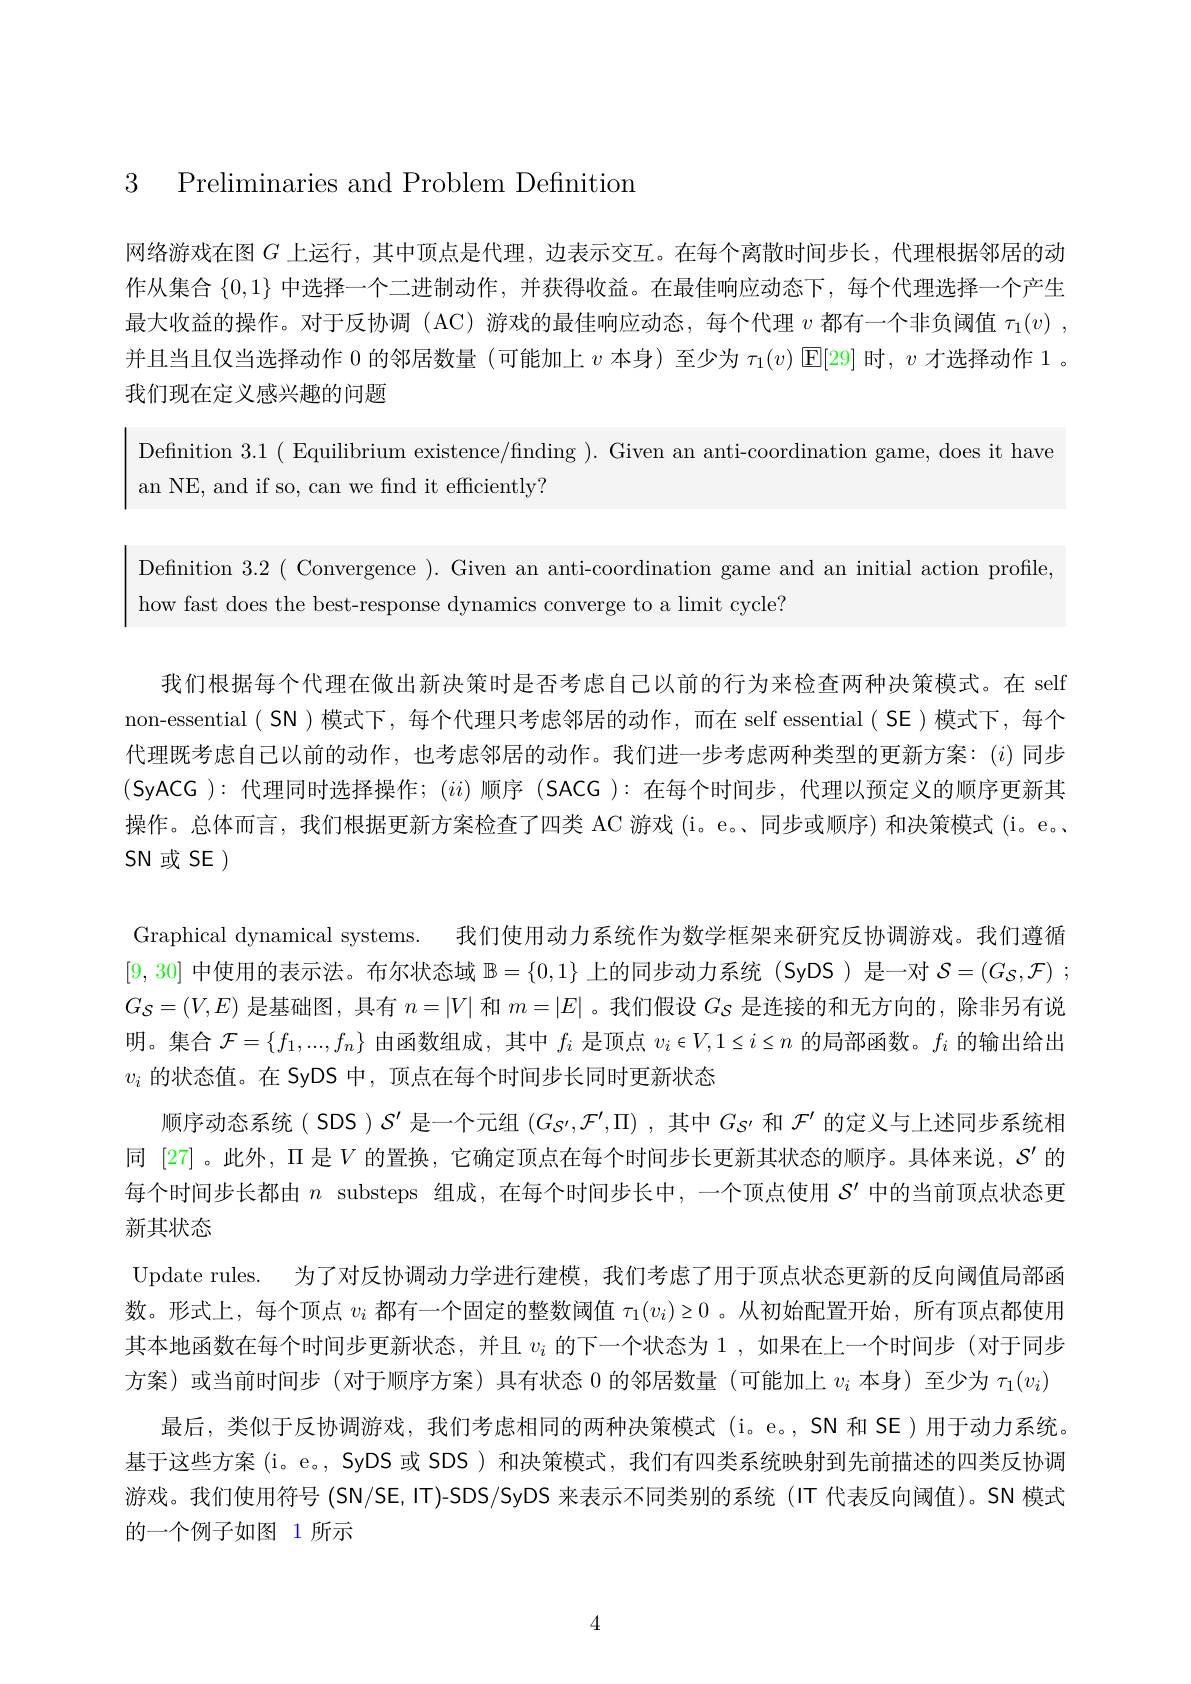
3 Preliminaries and Problem Definition

网络游戏在图$G$上运行，其中顶点是代理，边表示交互。在每个离散时间步长，代理根据邻居的动作从集合$\{0,1\}$中选择一个二进制动作，并获得收益。在最佳响应动态下，每个代理选择一个产生最大收益的操作。对于反协调(AC)游戏的最佳响应动态，每个代理$v$都有一个非负阈值$\tau_1(v)~$, 并且当且仅当选择动作 0 的邻居数量 (可能加上$v$本身)至少为$\tau_1(v)\operatorname{E}[29]$时，$v$才选择动作 1。我们现在定义感兴趣的问题

Definition 3.1( Equilibrium existence/finding ). Given an anti-coordination game, does it have
an NE, and if so, can we find it efficiently?

Definition 3.2( Convergence ). Given an anti-coordination game and an initial action profile,
how fast does the best-response dynamics converge to a limit cycle?

我们根据每个代理在做出新决策时是否考虑自己以前的行为来检查两种决策模式。在 self non-essential ( SN )模式下，每个代理只考虑邻居的动作，而在 self essential ( SE )模式下，每个代理既考虑自己以前的动作，也考虑邻居的动作。我们进一步考虑两种类型的更新方案：($i)$同步(SyACG ):代理同时选择操作；($ii)$顺序 (SACG ):在每个时间步，代理以预定义的顺序更新其操作。总体而言，我们根据更新方案检查了四类 AC 游戏(i。e。、同步或顺序) 和决策模式 (i。e。. SN 或 SE )

Graphical dynamical systems. 我们使用动力系统作为数学框架来研究反协调游戏。我们遵循[9,30]中使用的表示法。布尔状态域$\mathbb{B}=\{0,1\}$上的同步动力系统 (SyDS )是一对$\mathcal{S}=(G_S,\mathcal{F})$ ; $G_S=(V,E)$是基础图，具有$n=|V|$和$m=|E|$。我们假设$G_S$是连接的和无方向的，除非另有说明。集合$\mathcal{F}=\{f_1,...,f_n\}$由函数组成，其中$f_i$是顶点$v_i\in V,1\leq i\leq n$的局部函数。$f_i$的输出给出$v_i$的状态值。在 SyDS 中，顶点在每个时间步长同时更新状态
顺序动态系统( SDS )$S^{\prime}$是一个元组$(G_{S^{\prime}},\mathcal{F}^{\prime},\Pi)$ ,其中$G_{S^{\prime}}$和$\mathcal{F}^{\prime}$的定义与上述同步系统相同 [27]。此外，$\Pi$是$V$的置换，它确定顶点在每个时间步长更新其状态的顺序。具体来说，$\mathcal{S}^{\prime}$的每个时间步长都由$n$ substeps 组成，在每个时间步长中，一个顶点使用$S^\prime$中的当前顶点状态更新其状态
Update rules. 为了对反协调动力学进行建模，我们考虑了用于顶点状态更新的反向阈值局部函数。形式上，每个顶点$v_i$都有一个固定的整数阈值$\tau_1(v_i)\geq0$ 。从初始配置开始，所有顶点都使用其本地函数在每个时间步更新状态，并且$v_i$的下一个状态为 1,如果在上一个时间步(对于同步方案)或当前时间步(对于顺序方案)具有状态 0 的邻居数量(可能加上$v_i$本身)至少为$\tau_1(v_i)$
最后，类似于反协调游戏，我们考虑相同的两种决策模式(i。e。,SN 和 SE)用于动力系统。基于这些方案 (i。e。, SyDS 或 SDS ) 和决策模式，我们有四类系统映射到先前描述的四类反协调游戏。我们使用符号 (SN/SE,IT)-SDS/SyDS 来表示不同类别的系统 (IT 代表反向阈值)。SN 模式的一个例子如图 1 所示

4